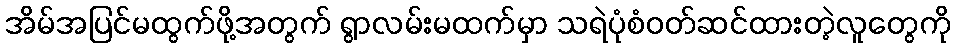
အိမ်အပြင်မထွက်ဖို့အတွက် ရွာလမ်းမထက်မှာ သရဲပုံစံဝတ်ဆင်ထားတဲ့လူတွေကို